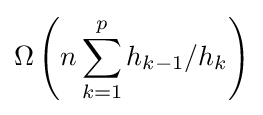
\Omega \left(n\sum _{k=1}^{p}h_{k-1}/h_{k}\right)